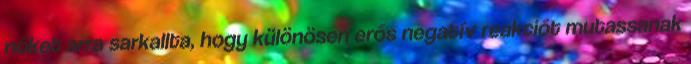
nőket arra sarkallta, hogy különösen erős negatív reakciót mutassanak